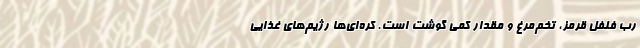
رب فلفل قرمز، تخم‌مرغ و مقدار کمی گوشت است. کره‌ای‌ها رژیم‌های غذایی